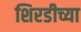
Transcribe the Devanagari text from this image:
शिरडीच्या